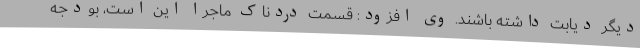
دیگر دیابت داشته باشند. وی افزود: قسمت دردناک ماجرا این است، بودجه